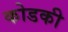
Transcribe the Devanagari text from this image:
कोडकी